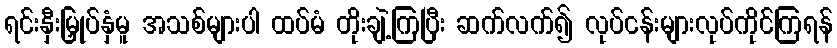
ရင်းနှီးမြှုပ်နှံမူ အသစ်များပါ ထပ်မံ တိုးချဲ့ကြပြီး ဆက်လက်၍ လုပ်ငန်းများလုပ်ကိုင်ကြရန်